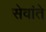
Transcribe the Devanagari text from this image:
सेवांते